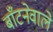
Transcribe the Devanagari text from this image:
बाँटनेवाले